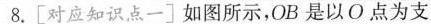
8.[对应知识点一]如图所示，OB是以O点为支